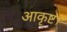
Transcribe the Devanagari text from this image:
आकृष्ट।